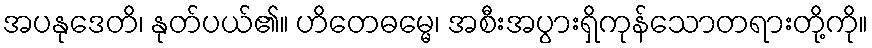
အပနုဒေတိ၊ နုတ်ပယ်၏။ ဟိတေဓမ္မေ၊ အစီးအပွားရှိကုန်သောတရားတို့ကို။